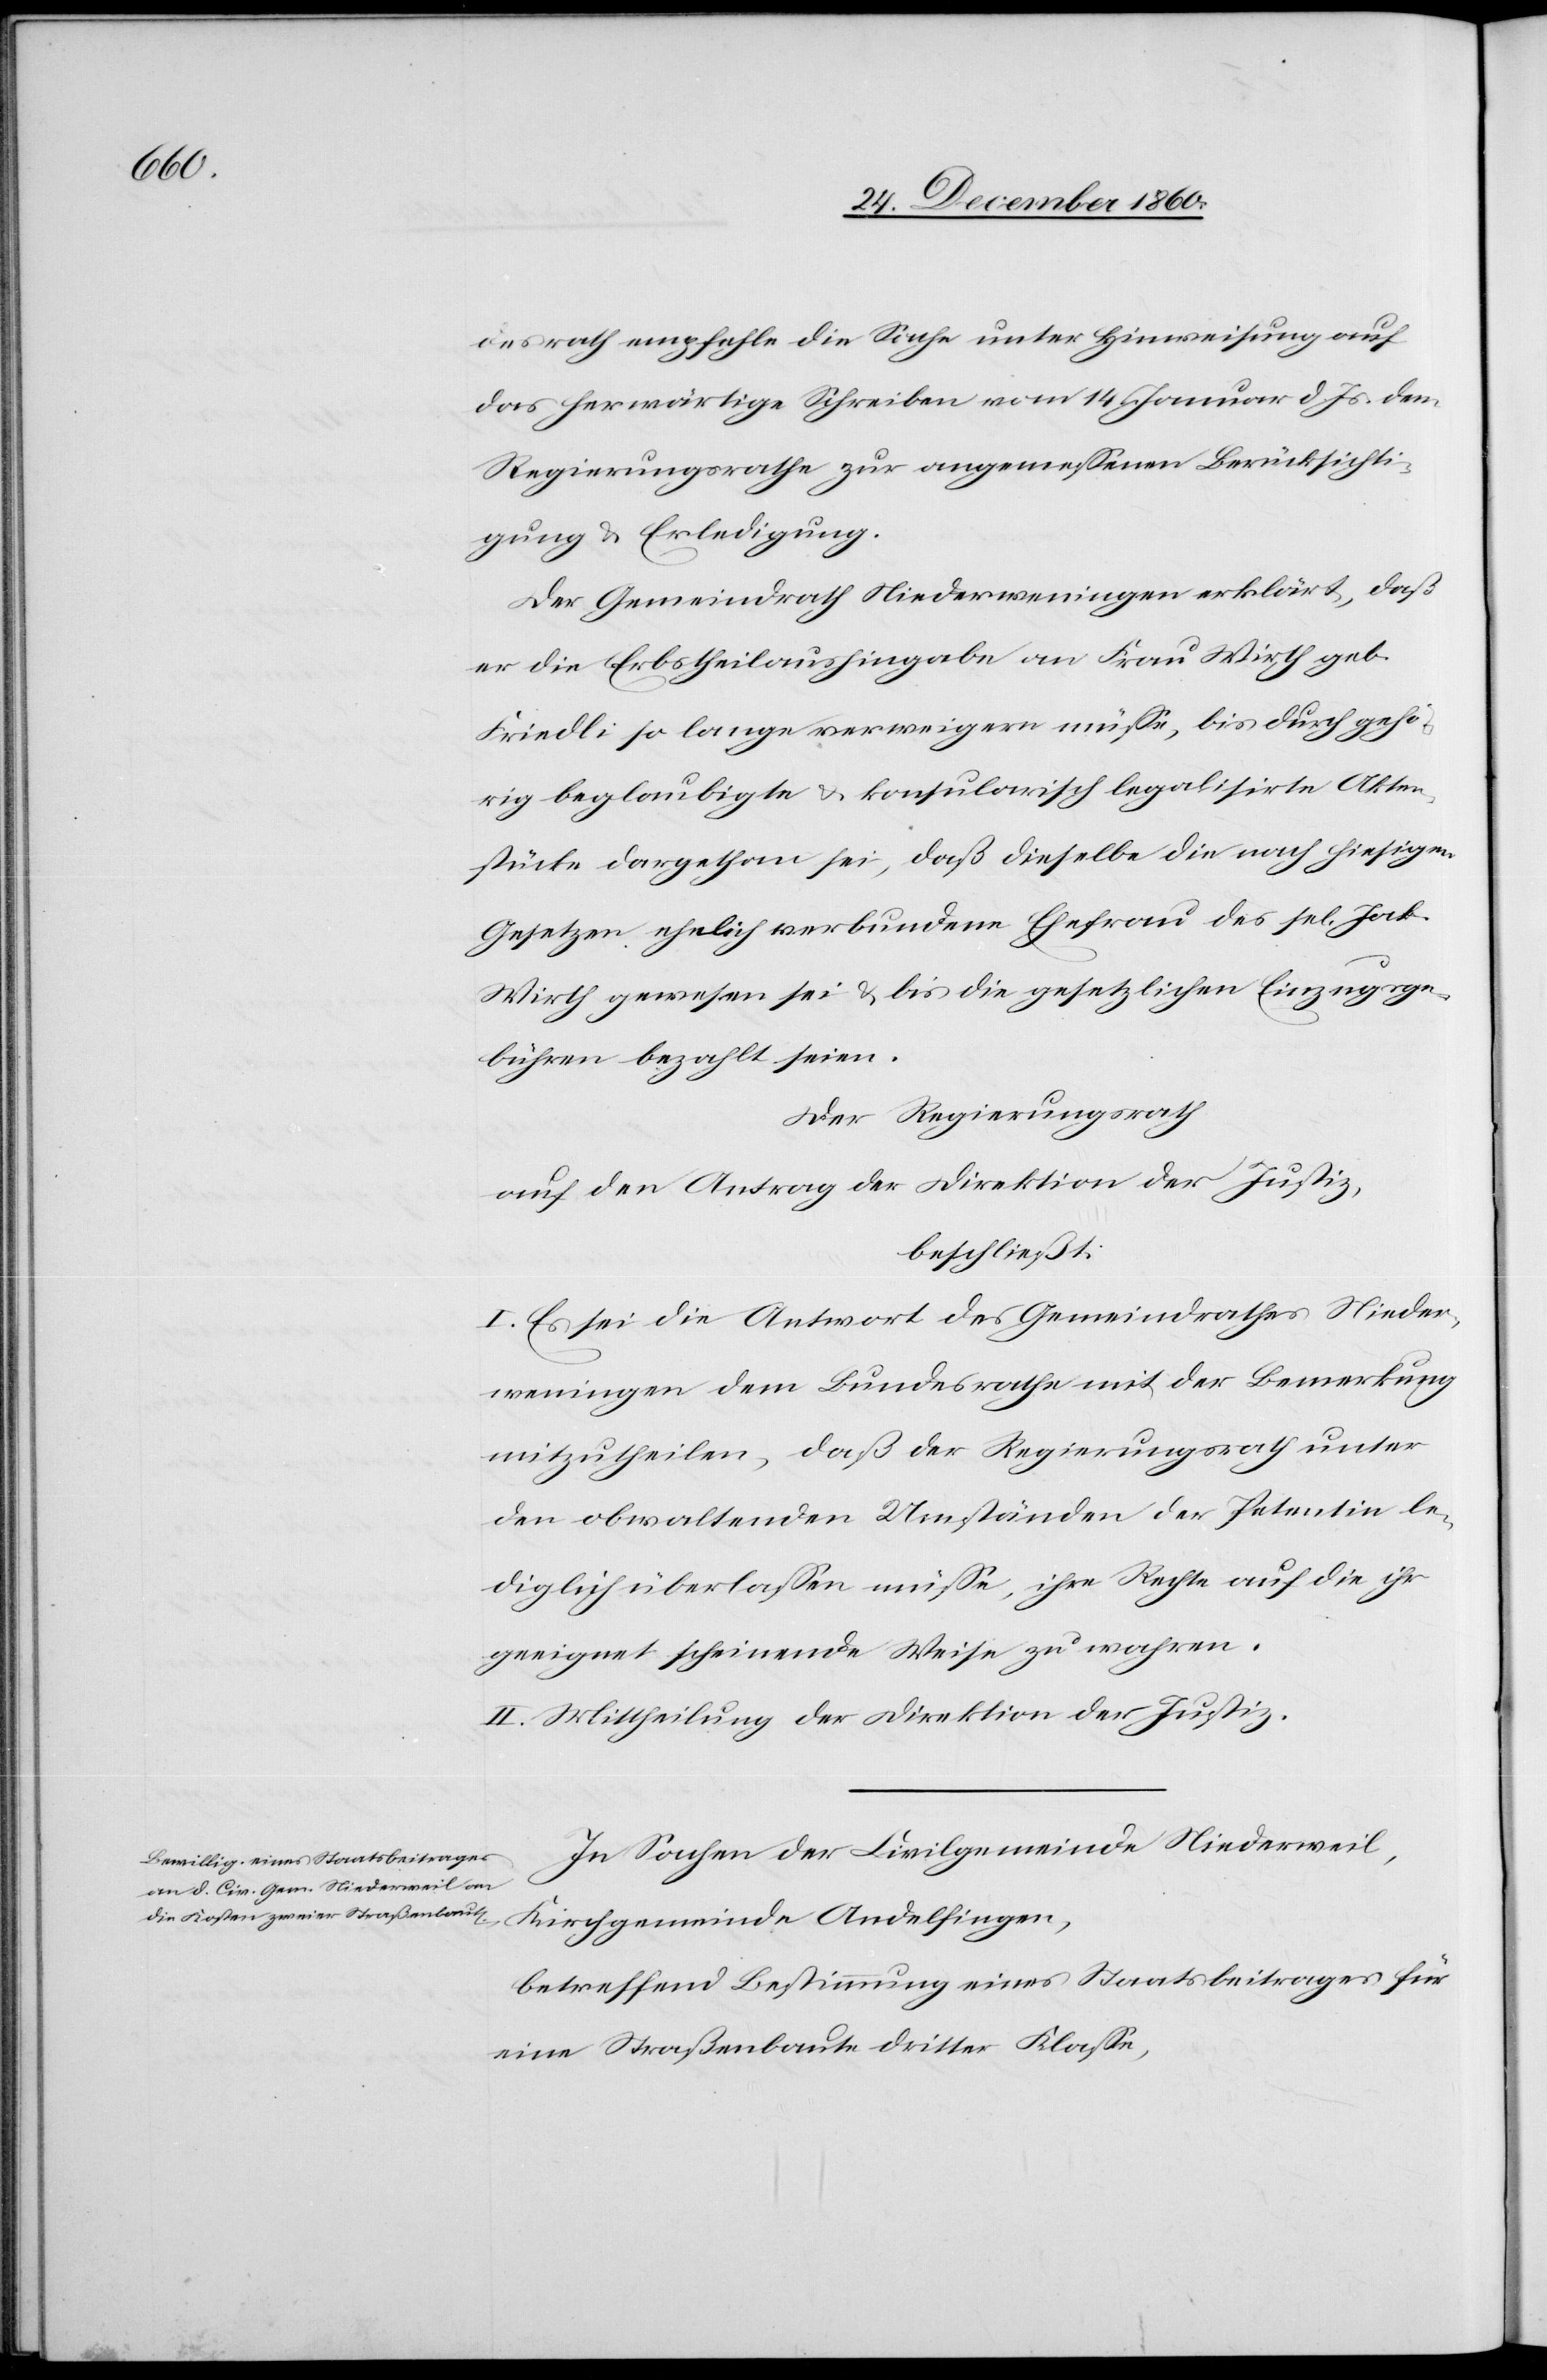
desrath empfehle die Sache unter Hinweisung auf
das herwärtige Schreiben vom 14. Januar d. Js. dem
Regierungsrathe zur angemessenen Berücksichti¬
gung u. Erledigung.
Der Gemeindrath Niederweningen erklärt, daß
er die Erbstheilausgabe an Frau Wirth geb.
Friedli so lange verweigern müsse, bis durch gehö¬
rig beglaubigte u. konsularisch legalisirte Akten¬
stücke dargethan sei, daß dieselbe die nach hiesigen
Gesetzen ehelich verbundene Ehefrau des sel. Jak.
Wirth gewesen sei u. bis die gesetzlichen Einzugsge¬
bühren bezahlt seien.
Der Regierungsrath
auf den Antrag der Direktion der Justiz,
beschließt:
I. Es sei die Antwort des Gemeindrathes Nieder¬
weningen dem Bundesrathe mit der Bemerkung
mitzutheilen, daß der Regierungsrath unter
den obwaltenden Umständen der Pententin le¬
diglich überlassen müsse, ihre Rechte auf die ihr
geeignet scheinende Weise zu wahren.
II. Mittheilung der Direktion der Justiz.
In Sachen der Civilgemeinde Niederweil,
Kirchgemeinde Andelfingen,
betreffend Bestimmung eines Staatsbeitrages für